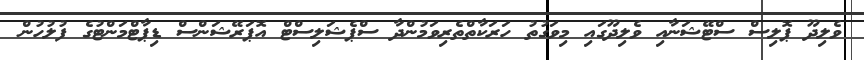
ވެލިދޫ ޕޮލިސް ސްޓޭޝަނާއި ވެލިދޫގައި މިވަގުތު ހަރަކާތްތެރިވަމުންދާ ސްޕެޝަލިސްޓް އޮޕަރޭޝަންސް ޑިޕާޓްމަންޓުގެ ފުލުހުން